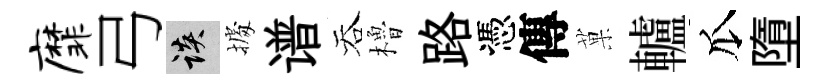
縻弓談𢴃谱吞櫓路憑傳菓轤瓜墮